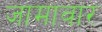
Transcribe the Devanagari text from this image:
जामावार